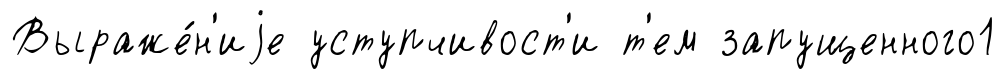
Выраже́н'иjе уступчивост'и т'ем запущенного1